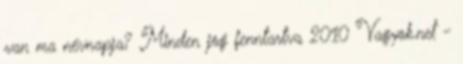
van ma névnapja? Minden jog fenntartva 2010 Vagyok.net -